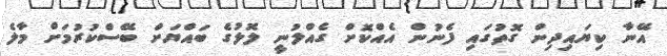
އޭނާ ކިޔައިދިން ގޮތުގައި ފެނުން އެއްކޮށް ގެއްލުނީ ލޮލުގެ ބައްޔަށް ބޭސްކުރުމަށް މާލެ